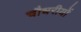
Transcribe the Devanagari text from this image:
चौधरीयों